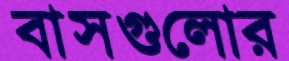
বাসগুলোর